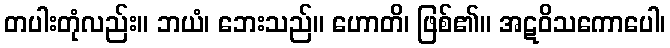
တပါးတုံလည်း။ ဘယံ၊ ဘေးသည်။ ဟောတိ၊ ဖြစ်၏။ အဋဝိသကောပေါ၊